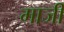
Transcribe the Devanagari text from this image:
माजीं